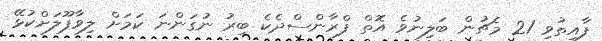
ފާއިތުވި 21 މެޗުން ބަލިނުވެ އޮތް ފްރާންސްދެކެ ބިރު ނުގަންނަ ކަމަށް ލިވާޕޫލަށްކުޅޭ